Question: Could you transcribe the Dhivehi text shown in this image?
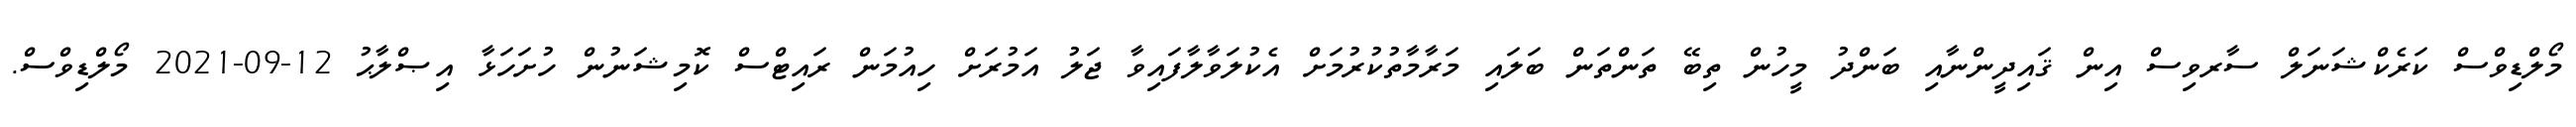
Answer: މޯލްޑިވްސް ކަރެކްޝަނަލް ސާރވިސް އިން ޤައިދީންނާއި ބަންދު މީހުން ތިބޭ ތަންތަން ބަލައި މަރާމާތުކުރުމަށް އެކުލަވާލާފައިވާ ޖަލު އަމުރަށް ހިއުމަން ރައިޓްސް ކޮމިޝަނުން ހުށަހަޅާ އިޞްލާޙު 12-09-2021 މޯލްޑިވްސް.